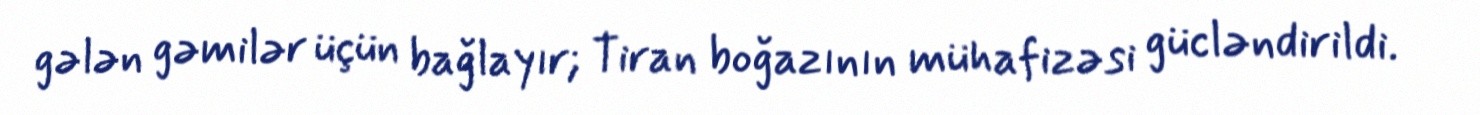
gələn gəmilər üçün bağlayır; Tiran boğazının mühafizəsi gücləndirildi.